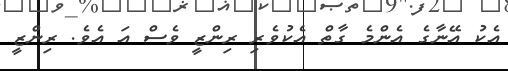
އެކު އޭނާގެ އެންމެ ގާތް އެކުވެރި ރިންޒީ ވެސް އަ އެވެ. ރިންޒީ